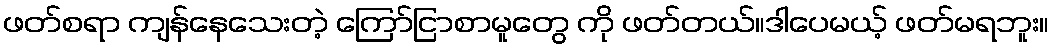
ဖတ်စရာ ကျန်နေသေးတဲ့ ကြော်ငြာစာမူတွေ ကို ဖတ်တယ်။ဒါပေမယ့် ဖတ်မရဘူး။